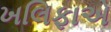
ખલિફાએ